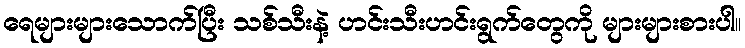
ရေများများသောက်ပြီး သစ်သီးနဲ့ ဟင်းသီးဟင်းရွက်တွေကို များများစားပါ။